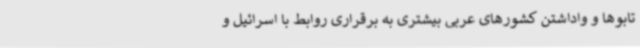
تابوها و واداشتن کشورهای عربی بیشتری به برقراری روابط با اسرائیل و